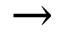
\to